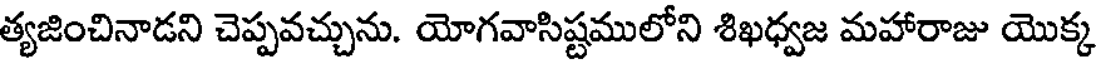
త్యజించినాడని చెప్పవచ్చును. యోగవాసిష్టములోని శిఖధ్వజ మహారాజు యొక్క